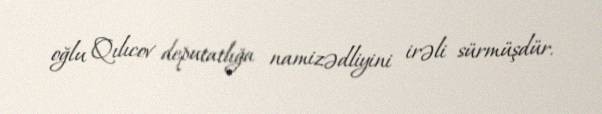
oğlu Qılıcov deputatlığa namizədliyini irəli sürmüşdür.